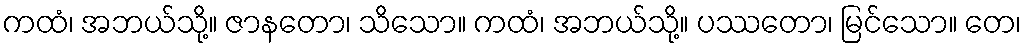
ကထံ၊ အဘယ်သို့။ ဇာနတော၊ သိသော။ ကထံ၊ အဘယ်သို့။ ပဿတော၊ မြင်သော။ တေ၊